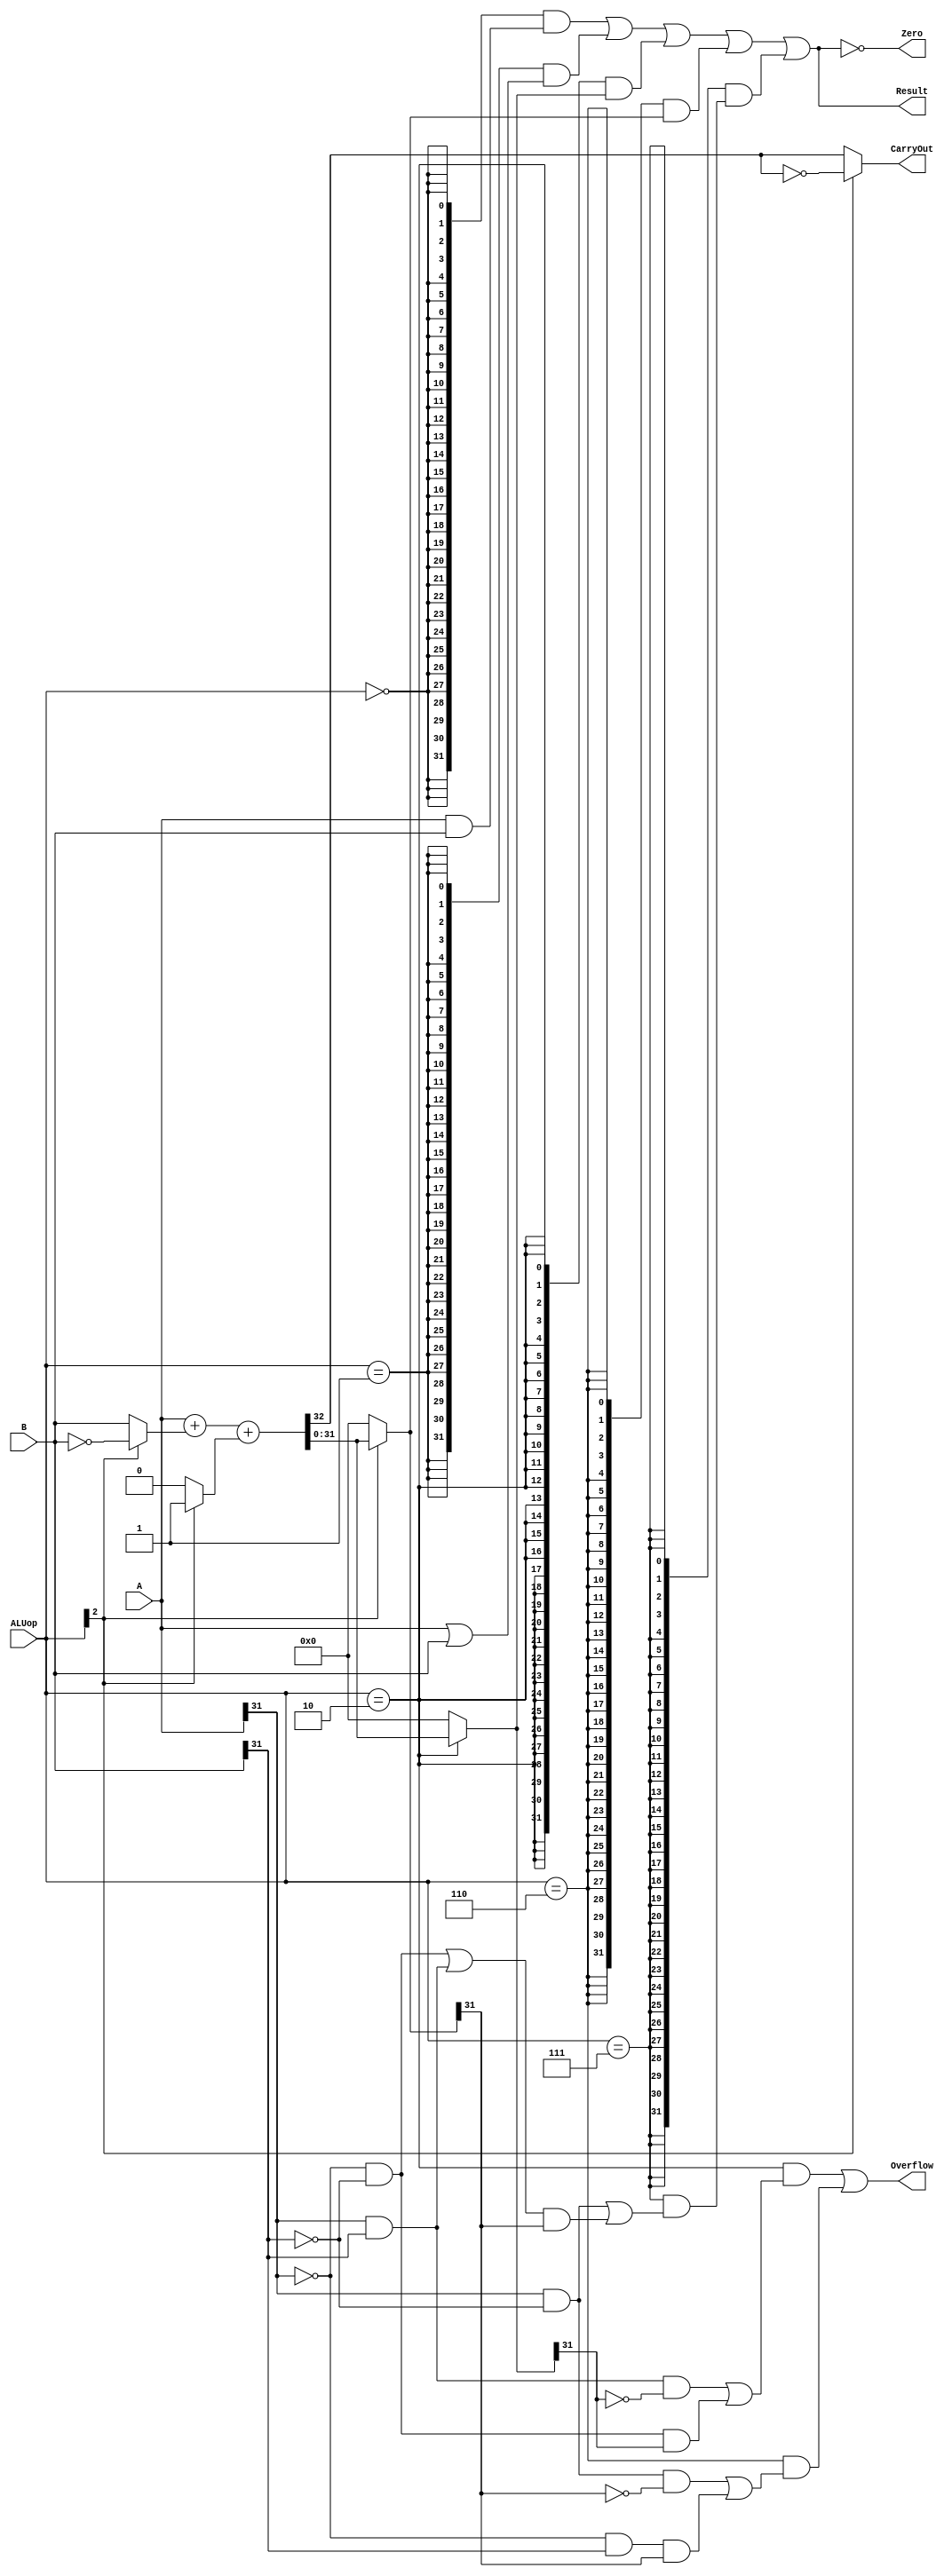
`timescale 10 ns / 1 ns

`define DATA_WIDTH 32

module alu(
	input [`DATA_WIDTH - 1:0] A,
	input [`DATA_WIDTH - 1:0] B,
	input [2:0] ALUop,
	output Overflow,
	output CarryOut,
	output Zero,
	output [`DATA_WIDTH - 1:0] Result
);

	// TODO: Please add your logic code here
	wire op_and=ALUop==3'b000;
	wire op_or=ALUop==3'b001;
	wire op_add=ALUop==3'b010;
	wire op_sub=ALUop==3'b110;
	wire op_slt=ALUop==3'b111;	

	wire [`DATA_WIDTH - 1:0] and_res = A&B;
	wire [`DATA_WIDTH - 1:0] or_res = A|B;
	wire [`DATA_WIDTH - 1:0] add_res; 
	//assign {CarryOut,add_res} = op_add? A+B:((op_sub || op_slt)? A+~B+1:{0,32'b0});
	wire [`DATA_WIDTH - 1:0] sub_res;
	//wire temp;
	//assign {temp,sub_res} = A+~B+1;
	wire [`DATA_WIDTH - 1:0] B1;
	wire Cin,cout;
	wire [`DATA_WIDTH - 1:0] res;
	assign B1=ALUop[2]?~B:B;	
	assign Cin=ALUop[2]?1:0;
	assign {cout,res}=A+B1+Cin;
	assign add_res=op_add?res:0;
	assign sub_res=ALUop[2]?res:0;
	assign CarryOut=ALUop[2]? !cout:cout;

	assign Overflow =( (op_add && ((A[31]==1 && B[31]==1 && add_res[31]==0)||(A[31]==0 && B[31]==0 && add_res[31]==1))) || (op_sub && ((A[31]==1 && B[31]==0 && sub_res[31]==0)||(A[31]==0 && B[31]==1 && sub_res[31]==1))) );
	
	wire less = (op_slt && ((A[31]==1 && B[31]==0) || (((A[31]==0 && B[31]==0)||(A[31]==1 && B[31]==1)) && sub_res[31]==1)));
	wire [`DATA_WIDTH - 1:0] slt_res ={31'b0, less};

	assign Result= {32{op_and}} & and_res | {32{op_or}} & or_res | {32{op_add}} & add_res | {32{op_sub}} & sub_res | {32{op_slt}} & slt_res;
	
	assign Zero= (Result==32'b0);  
endmodule